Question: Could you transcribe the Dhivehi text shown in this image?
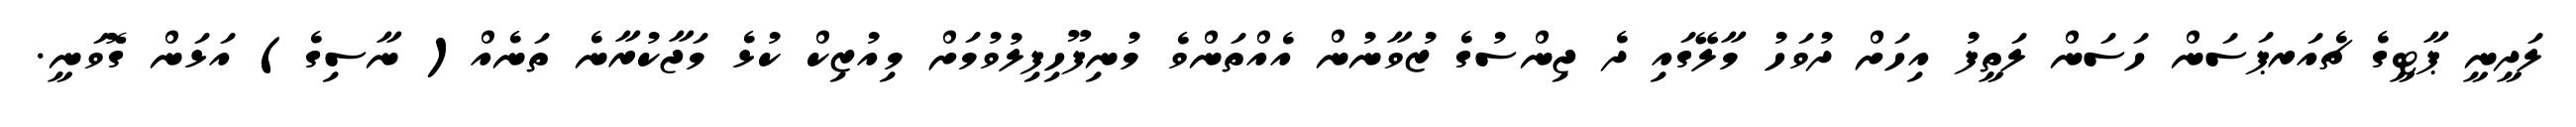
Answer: ލަދީނީ ޕާޓީގެ ޗެއަރޕަސަން ހަސަން ލަތީފު އިހަށް ދުވަހު މާލޭގައި ދެ ޖިންސުގެ ޒުވާނުން އެއްތަންވެ މުނިފޫހިފިލުވުމަށް މިއުޒިކް ކުޅެ މަޖާކުރާނެ ތަނެއް( ނާސިގެ) އަޅަން ގޮވަނީ.